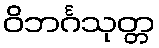
ဝိဘင်္ဂသုတ္တ